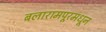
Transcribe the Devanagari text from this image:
बलारामपूरमधून